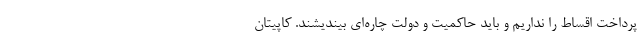
پرداخت اقساط را نداریم و باید حاکمیت و دولت چاره‌ای بیندیشند. کاپیتان